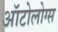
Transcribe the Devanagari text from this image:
ऑटोलोग्स